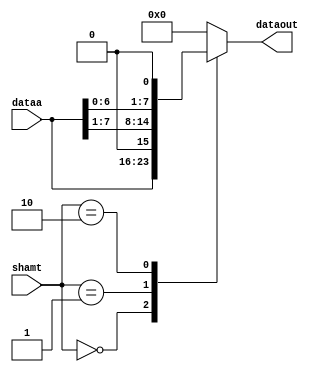
// Shift_Unit
`timescale 1ns / 1ps
module shift_unit #(parameter N = 8)(
	input wire [1:0] 	 shamt,
	input wire [N-1:0] dataa,
	output reg [N-1:0] dataout);
	
// Mux
always @* begin
	case (shamt)
		2'b00: dataout = dataa; //No shift
		2'b01: dataout = {1'b0, dataa[N-1:1]}; // SRL
		2'b10: dataout = {dataa[N-2:0], 1'b0}; // SLL
		default: dataout = {N{1'b0}};  // NU
	endcase
end
endmodule